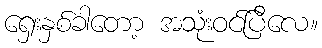
ရှေးနှစ်ခါတော့ အသုံးဝင်ပြီလေ။